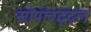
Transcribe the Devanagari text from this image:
सापांबद्द्ल